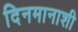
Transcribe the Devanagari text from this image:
दिनमानाशी